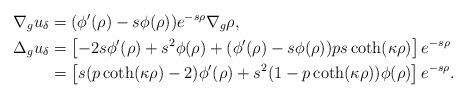
LaTeX: \begin{align*} \nabla_g u_\delta&=(\phi'(\rho)-s\phi(\rho))e^{-s\rho}\nabla_g\rho,\\ \Delta_g u_\delta&=\left[-2s\phi'(\rho)+s^2\phi(\rho)+(\phi'(\rho)-s\phi(\rho))ps\coth(\kappa\rho)\right]e^{-s\rho}\\ &=\left[s(p\coth(\kappa \rho)-2)\phi'(\rho)+s^2(1-p\coth(\kappa\rho))\phi(\rho)\right]e^{-s\rho}. \end{align*}